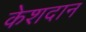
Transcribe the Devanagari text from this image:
केशदान